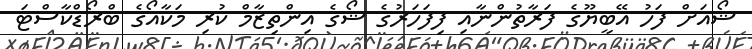
ޝޯއަށް ފަހު އޭބީޔޫގެ ފަރާތުންނާއި ފިފަހަރުގެ ޝޯގެ އިންތިޒާމް ކުރި މަކާއޯގެ ބްރޯޑްކާސްޓަ